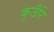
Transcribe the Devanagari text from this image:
कुउँरि